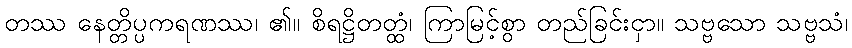
တဿ နေတ္တိပ္ပကရဏဿ၊ ၏။ စိရဋ္ဌိတတ္ထံ၊ ကြာမြင့်စွာ တည်ခြင်းငှာ။ သဗ္ဗသော သဗ္ဗသံ၊